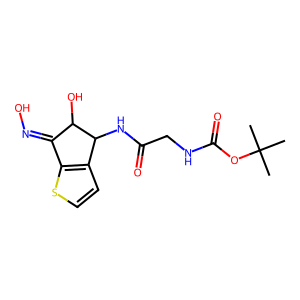
SMILES: CC(C)(C)OC(=O)NCC(=O)NC1c2ccsc2C(=NO)C1O
Inhibits HIV replication: No